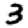
Digit: 3